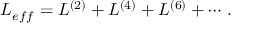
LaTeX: L _ { e f f } = L ^ { ( 2 ) } + L ^ { ( 4 ) } + L ^ { ( 6 ) } + \cdots \, .